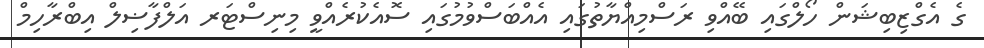
ގެ އެގްޒިބިޝަން ހޯލްގައި ބޭއްވި ރަސްމިއްޔާތުގައި އެއްބަސްވުމުގައި ސޮއެކުރެއްވީ މިނިސްޓަރ އަލްފާޟިލް އިބްރާހިމް